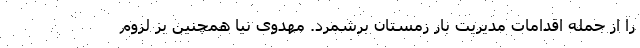
را از جمله اقدامات مدیریت بار زمستان برشمرد. مهدوی نیا همچنین بر لزوم